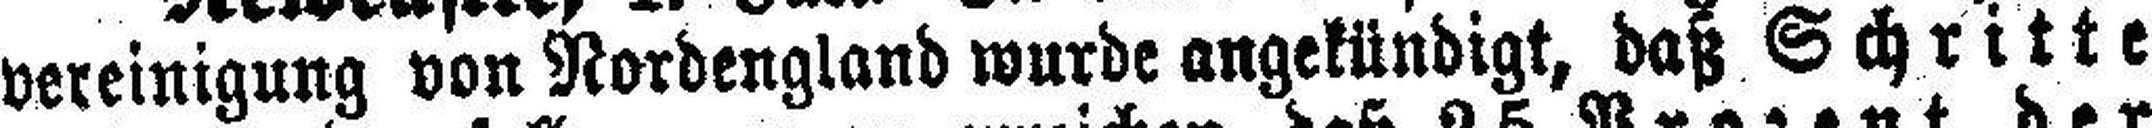
vereinigung von Nordengland wurde angekündigt, daß Schritte